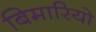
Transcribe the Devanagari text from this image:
बिमारियो